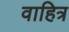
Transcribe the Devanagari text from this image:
वाहित्र